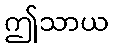
ဤသာယ